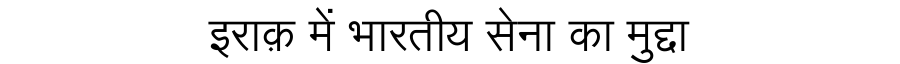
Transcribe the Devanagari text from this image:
इराक़ में भारतीय सेना का मुद्दा